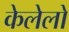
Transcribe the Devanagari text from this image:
केलेलो